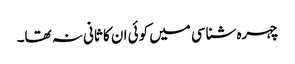
چہرہ شناسی میں کوئی ان کا ثانی نہ تھا۔